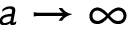
a \rightarrow \infty